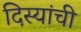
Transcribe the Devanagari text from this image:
दिस्यांची